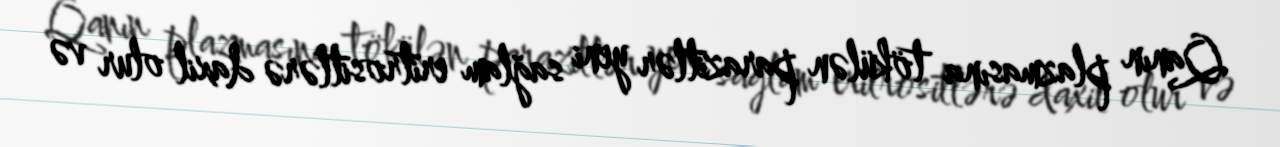
Qanın plazmasına tökülən parazitlər yeni sağlam eritrositlərə daxil olur və